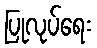
ပြုလုပ်ရေး